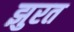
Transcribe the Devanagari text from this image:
झुरत